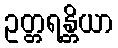
ဥတ္တရန္တိယာ